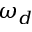
\omega _ { d }